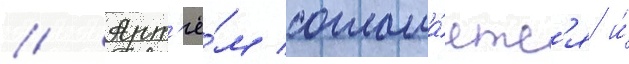
// Арт'ё́м соглаша́етс'я и́